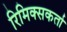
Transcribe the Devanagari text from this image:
रिमिक्सकर्ता